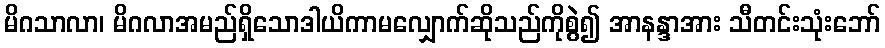
မိဂသာလာ၊ မိဂလာအမည်ရှိသောဒါယိကာမလျှောက်ဆိုသည်ကိုစွဲ၍ အာနန္ဒာအား သီတင်းသုံးဘော်